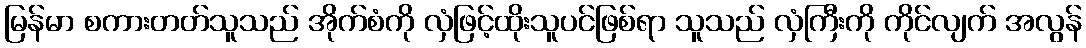
မြန်မာ စကားတတ်သူသည် အိုက်စံကို လှံဖြင့်ထိုးသူပင်ဖြစ်ရာ သူသည် လှံကြီးကို ကိုင်လျက် အလွန်